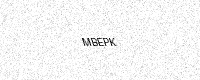
Text: MBEPK